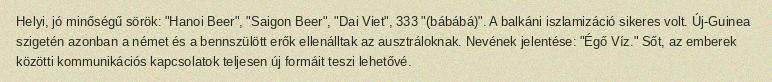
Helyi, jó minőségű sörök: "Hanoi Beer", "Saigon Beer", "Dai Viet", 333 "(bábábá)". A balkáni iszlamizáció sikeres volt. Új-Guinea szigetén azonban a német és a bennszülött erők ellenálltak az ausztráloknak. Nevének jelentése: "Égő Víz." Sőt, az emberek közötti kommunikációs kapcsolatok teljesen új formáit teszi lehetővé.